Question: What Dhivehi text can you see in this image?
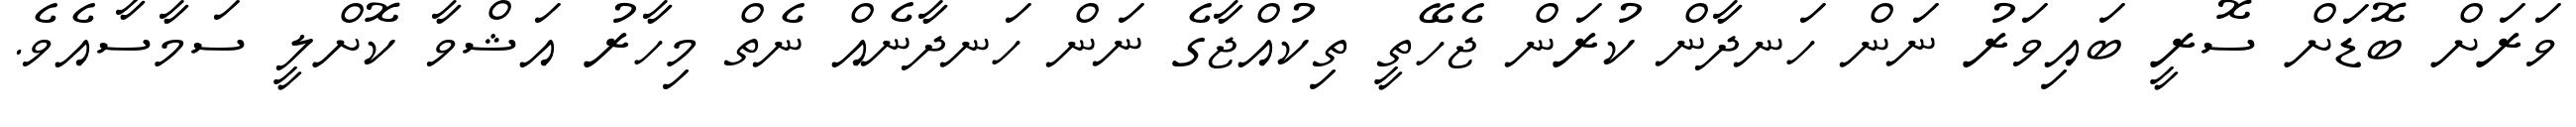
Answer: ވަރަށް ބޮޑަށް ސޮރީ ބައިވަރު ނަން ހަނދާން ކުރަން ޖެހޭތީ ތިކުއްޖާގެ ނަން ހަނދާނެއް ނެތް މިހާރު އަޝްވާ ކޮށްލީ ސަމާސާއެވެ.